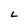
Character: L